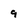
Character: 9